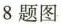
8题图